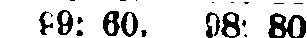
99: 60. 98: 80